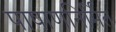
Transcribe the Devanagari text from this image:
पाषाणनिर्मित